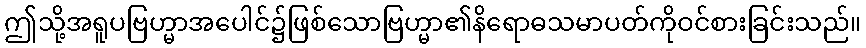
ဤသို့အရူပဗြဟ္မာအပေါင်၌ဖြစ်သောဗြဟ္မာ၏နိရောဓသမာပတ်ကိုဝင်စားခြင်းသည်။